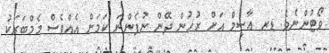
ވޯޓުންނެވެ. ޑރ ޢާސިމް އަށް ރުހުން ދޭން ނުފެންނަ ކަމަށް އެއްވެސް މެމްބަރަކު